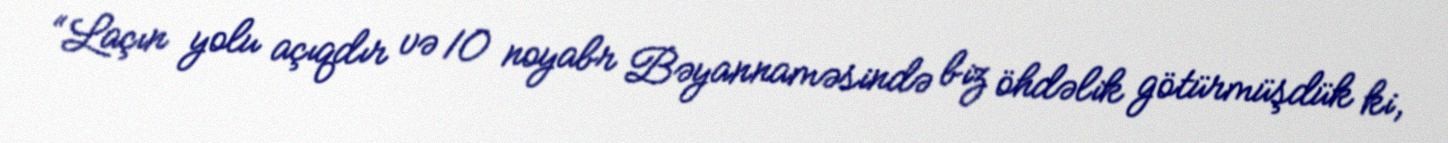
“Laçın yolu açıqdır və 10 noyabr Bəyannaməsində biz öhdəlik götürmüşdük ki,